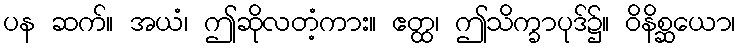
ပန ဆက်။ အယံ၊ ဤဆိုလတံ့ကား။ ဧတ္ထ၊ ဤသိက္ခာပုဒ်၌။ ဝိနိစ္ဆယော၊